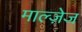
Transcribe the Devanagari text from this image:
माल्ज़ेज